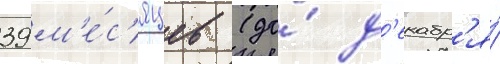
39 м'е́с'яцев (до́ д'екабр'я́